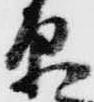
原